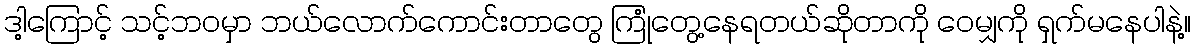
ဒါ့ကြောင့် သင့်ဘဝမှာ ဘယ်လောက်ကောင်းတာတွေ ကြုံတွေ့နေရတယ်ဆိုတာကို ဝေမျှကို ရှက်မနေပါနဲ့။